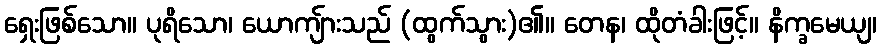
ရှေးဖြစ်သော။ ပုရိသော၊ ယောကျ်ားသည် (ထွက်သွား)၏။ တေန၊ ထိုတံခါးဖြင့်။ နိက္ခမေယျ၊